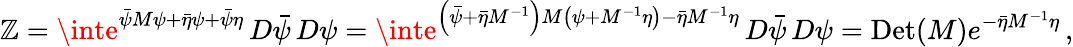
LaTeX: \mathbb{Z}=\inte^{{\bar{{\psi}}}M\psi+{\bar{{\eta}}}\psi+{\bar{{\psi}}}\eta}\, D{\bar{{\psi}}}\, D\psi=\inte^{\left({\bar{{\psi}}}+{\bar{{\eta}}}M^{-1}\right)M\left(\psi+M^{-1}\eta\right)-{\bar{{\eta}}}M^{-1}\eta}\, D{\bar{{\psi}}}\, D\psi=\mathrm{{Det}}(M)e^{-{\bar{{\eta}}}M^{-1}\eta}\, ,